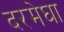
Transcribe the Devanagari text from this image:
दरमेघा